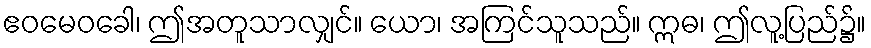
ဧဝမေဝခေါ၊ ဤအတူသာလျှင်။ ယော၊ အကြင်သူသည်။ ဣဓ၊ ဤလူ့ပြည်၌။